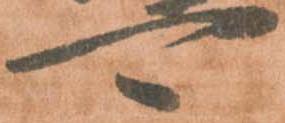
可